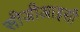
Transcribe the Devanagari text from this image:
सीजीआइसी